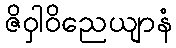
ဇိဝှါဝိညေယျာနံ